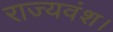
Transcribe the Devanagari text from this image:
राज्यवंश।